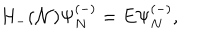
H _ { - } ( { \cal N } ) \Psi _ { N } ^ { ( - ) } = E \Psi _ { N } ^ { ( - ) } ,